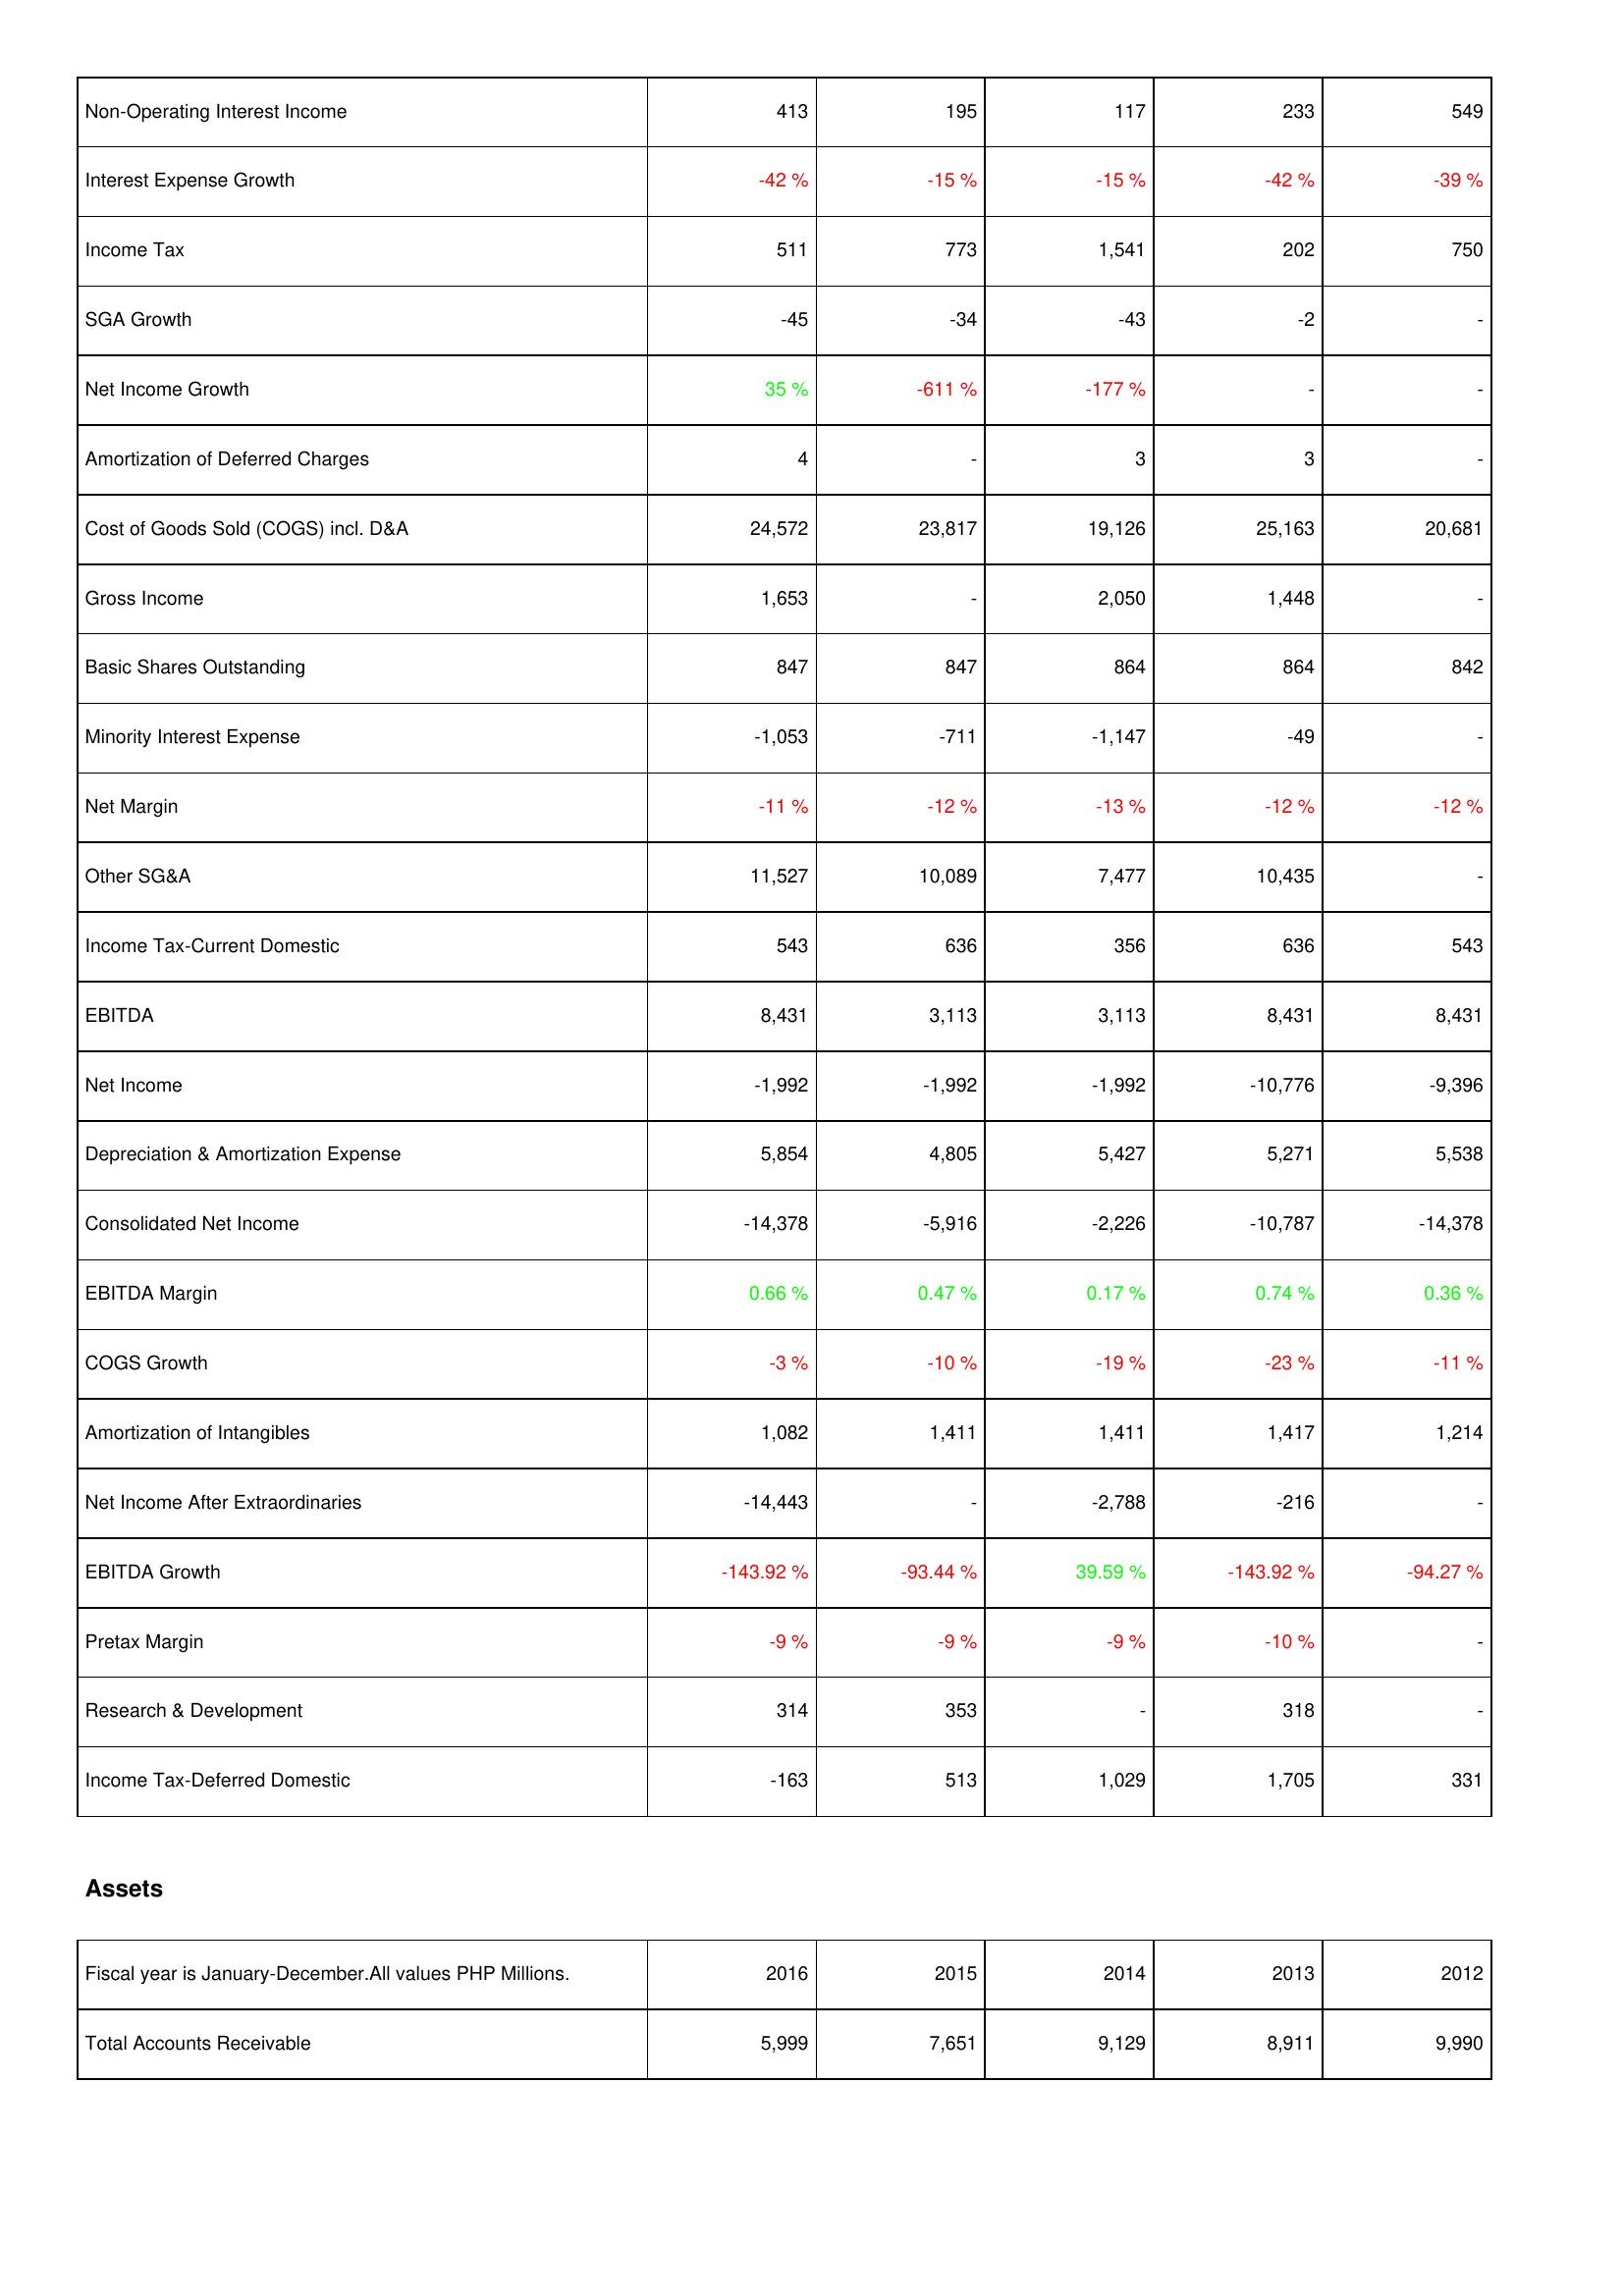
2016: Income Statement: Non-Operating Interest Income: 413
Interest Expense Growth: -42 %
Income Tax: 511
SGA Growth: -45
Net Income Growth: 35 %
Amortization of Deferred Charges: 4
Cost of Goods Sold (COGS) incl. D&A: 24,572
Gross Income: 1,653
Basic Shares Outstanding: 847
Minority Interest Expense: -1,053
Net Margin: -11 %
Other SG&A: 11,527
Income Tax-Current Domestic: 543
EBITDA: 8,431
Net Income: -1,992
Depreciation & Amortization Expense: 5,854
Consolidated Net Income: -14,378
EBITDA Margin: 0.66 %
COGS Growth: -3 %
Amortization of Intangibles: 1,082
Net Income After Extraordinaries: -14,443
EBITDA Growth: -143.92 %
Pretax Margin: -9 %
Research & Development: 314
Income Tax-Deferred Domestic: -163
Assets: Total Accounts Receivable: 5,999
2015: Income Statement: Non-Operating Interest Income: 195
Interest Expense Growth: -15 %
Income Tax: 773
SGA Growth: -34
Net Income Growth: -611 %
Amortization of Deferred Charges: -
Cost of Goods Sold (COGS) incl. D&A: 23,817
Gross Income: -
Basic Shares Outstanding: 847
Minority Interest Expense: -711
Net Margin: -12 %
Other SG&A: 10,089
Income Tax-Current Domestic: 636
EBITDA: 3,113
Net Income: -1,992
Depreciation & Amortization Expense: 4,805
Consolidated Net Income: -5,916
EBITDA Margin: 0.47 %
COGS Growth: -10 %
Amortization of Intangibles: 1,411
Net Income After Extraordinaries: -
EBITDA Growth: -93.44 %
Pretax Margin: -9 %
Research & Development: 353
Income Tax-Deferred Domestic: 513
Assets: Total Accounts Receivable: 7,651
2014: Income Statement: Non-Operating Interest Income: 117
Interest Expense Growth: -15 %
Income Tax: 1,541
SGA Growth: -43
Net Income Growth: -177 %
Amortization of Deferred Charges: 3
Cost of Goods Sold (COGS) incl. D&A: 19,126
Gross Income: 2,050
Basic Shares Outstanding: 864
Minority Interest Expense: -1,147
Net Margin: -13 %
Other SG&A: 7,477
Income Tax-Current Domestic: 356
EBITDA: 3,113
Net Income: -1,992
Depreciation & Amortization Expense: 5,427
Consolidated Net Income: -2,226
EBITDA Margin: 0.17 %
COGS Growth: -19 %
Amortization of Intangibles: 1,411
Net Income After Extraordinaries: -2,788
EBITDA Growth: 39.59 %
Pretax Margin: -9 %
Research & Development: -
Income Tax-Deferred Domestic: 1,029
Assets: Total Accounts Receivable: 9,129
2013: Income Statement: Non-Operating Interest Income: 233
Interest Expense Growth: -42 %
Income Tax: 202
SGA Growth: -2
Net Income Growth: -
Amortization of Deferred Charges: 3
Cost of Goods Sold (COGS) incl. D&A: 25,163
Gross Income: 1,448
Basic Shares Outstanding: 864
Minority Interest Expense: -49
Net Margin: -12 %
Other SG&A: 10,435
Income Tax-Current Domestic: 636
EBITDA: 8,431
Net Income: -10,776
Depreciation & Amortization Expense: 5,271
Consolidated Net Income: -10,787
EBITDA Margin: 0.74 %
COGS Growth: -23 %
Amortization of Intangibles: 1,417
Net Income After Extraordinaries: -216
EBITDA Growth: -143.92 %
Pretax Margin: -10 %
Research & Development: 318
Income Tax-Deferred Domestic: 1,705
Assets: Total Accounts Receivable: 8,911
2012: Income Statement: Non-Operating Interest Income: 549
Interest Expense Growth: -39 %
Income Tax: 750
SGA Growth: -
Net Income Growth: -
Amortization of Deferred Charges: -
Cost of Goods Sold (COGS) incl. D&A: 20,681
Gross Income: -
Basic Shares Outstanding: 842
Minority Interest Expense: -
Net Margin: -12 %
Other SG&A: -
Income Tax-Current Domestic: 543
EBITDA: 8,431
Net Income: -9,396
Depreciation & Amortization Expense: 5,538
Consolidated Net Income: -14,378
EBITDA Margin: 0.36 %
COGS Growth: -11 %
Amortization of Intangibles: 1,214
Net Income After Extraordinaries: -
EBITDA Growth: -94.27 %
Pretax Margin: -
Research & Development: -
Income Tax-Deferred Domestic: 331
Assets: Total Accounts Receivable: 9,990